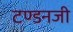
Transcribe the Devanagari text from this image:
टण्डनजी